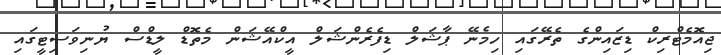
ޖިއޮމެޓްރިކް ޑިޒައިންގެ ތެރޭގައި ހިމެނޭ ޕާޝަލް ޑިފެރެންޝަލް އީކްއޭޝަން މެތޮޑް ލީޑްސް ޔުނިވަސިޓީގައި